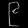
Digit: ၉